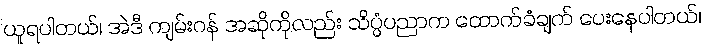
ယူရပါတယ်၊ အဲဒီ ကျမ်းဂန် အဆိုကိုလည်း သိပ္ပံပညာက ထောက်ခံချက် ပေးနေပါတယ်၊